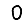
Digit: 0